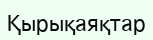
Қырықаяқтар